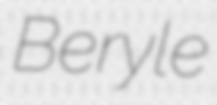
Beryle